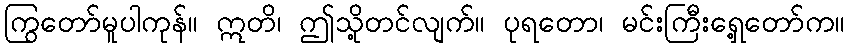
ကြွတော်မူပါကုန်။ ဣတိ၊ ဤသို့တင်လျက်။ ပုရတော၊ မင်းကြီးရှေ့တော်က။